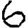
Digit: 6